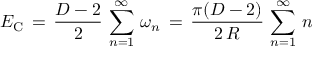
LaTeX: E _ { \mathrm { C } } \, = \, \frac { D - 2 } { 2 } \, \sum _ { n = 1 } ^ { \infty } \, \omega _ { n } \, = \, \frac { \pi ( D - 2 ) } { 2 \, R } \, \sum _ { n = 1 } ^ { \infty } \, n \,